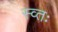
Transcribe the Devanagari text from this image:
स्व्तः